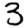
Digit: 3